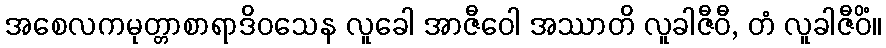
အစေလကမုတ္တာစာရာဒိဝသေန လူခေါ အာဇီဝေါ အဿာတိ လူခါဇီဝီ, တံ လူခါဇီဝိံ။